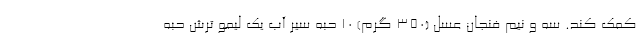
کمک کند. سه و نیم فنجان عسل (350 گرم) 10 حبه سیر آب یک لیمو ترش حبه